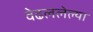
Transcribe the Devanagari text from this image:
वेढललेल्या